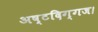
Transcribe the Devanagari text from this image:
अष्टदिग्गज।